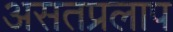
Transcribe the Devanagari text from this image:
असतप्रलाप